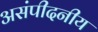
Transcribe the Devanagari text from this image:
असंपीदनीय